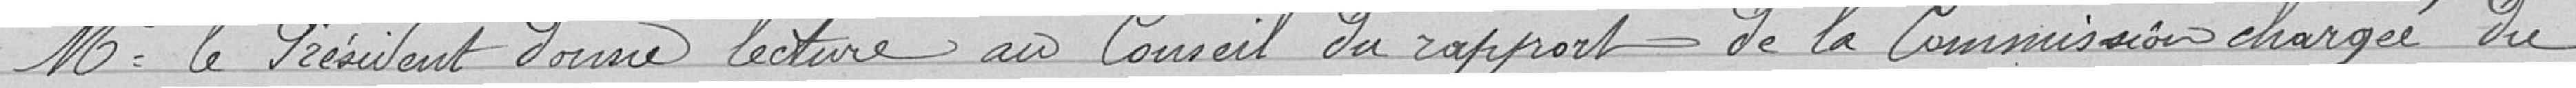
Mr le Président donne lecture au Conseil du rapport de Commission chargée du